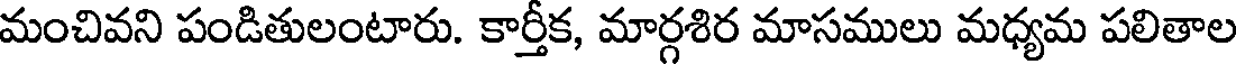
మంచివని పండితులంటారు. కార్తీక, మార్గశిర మాసములు మధ్యమ పలితాల